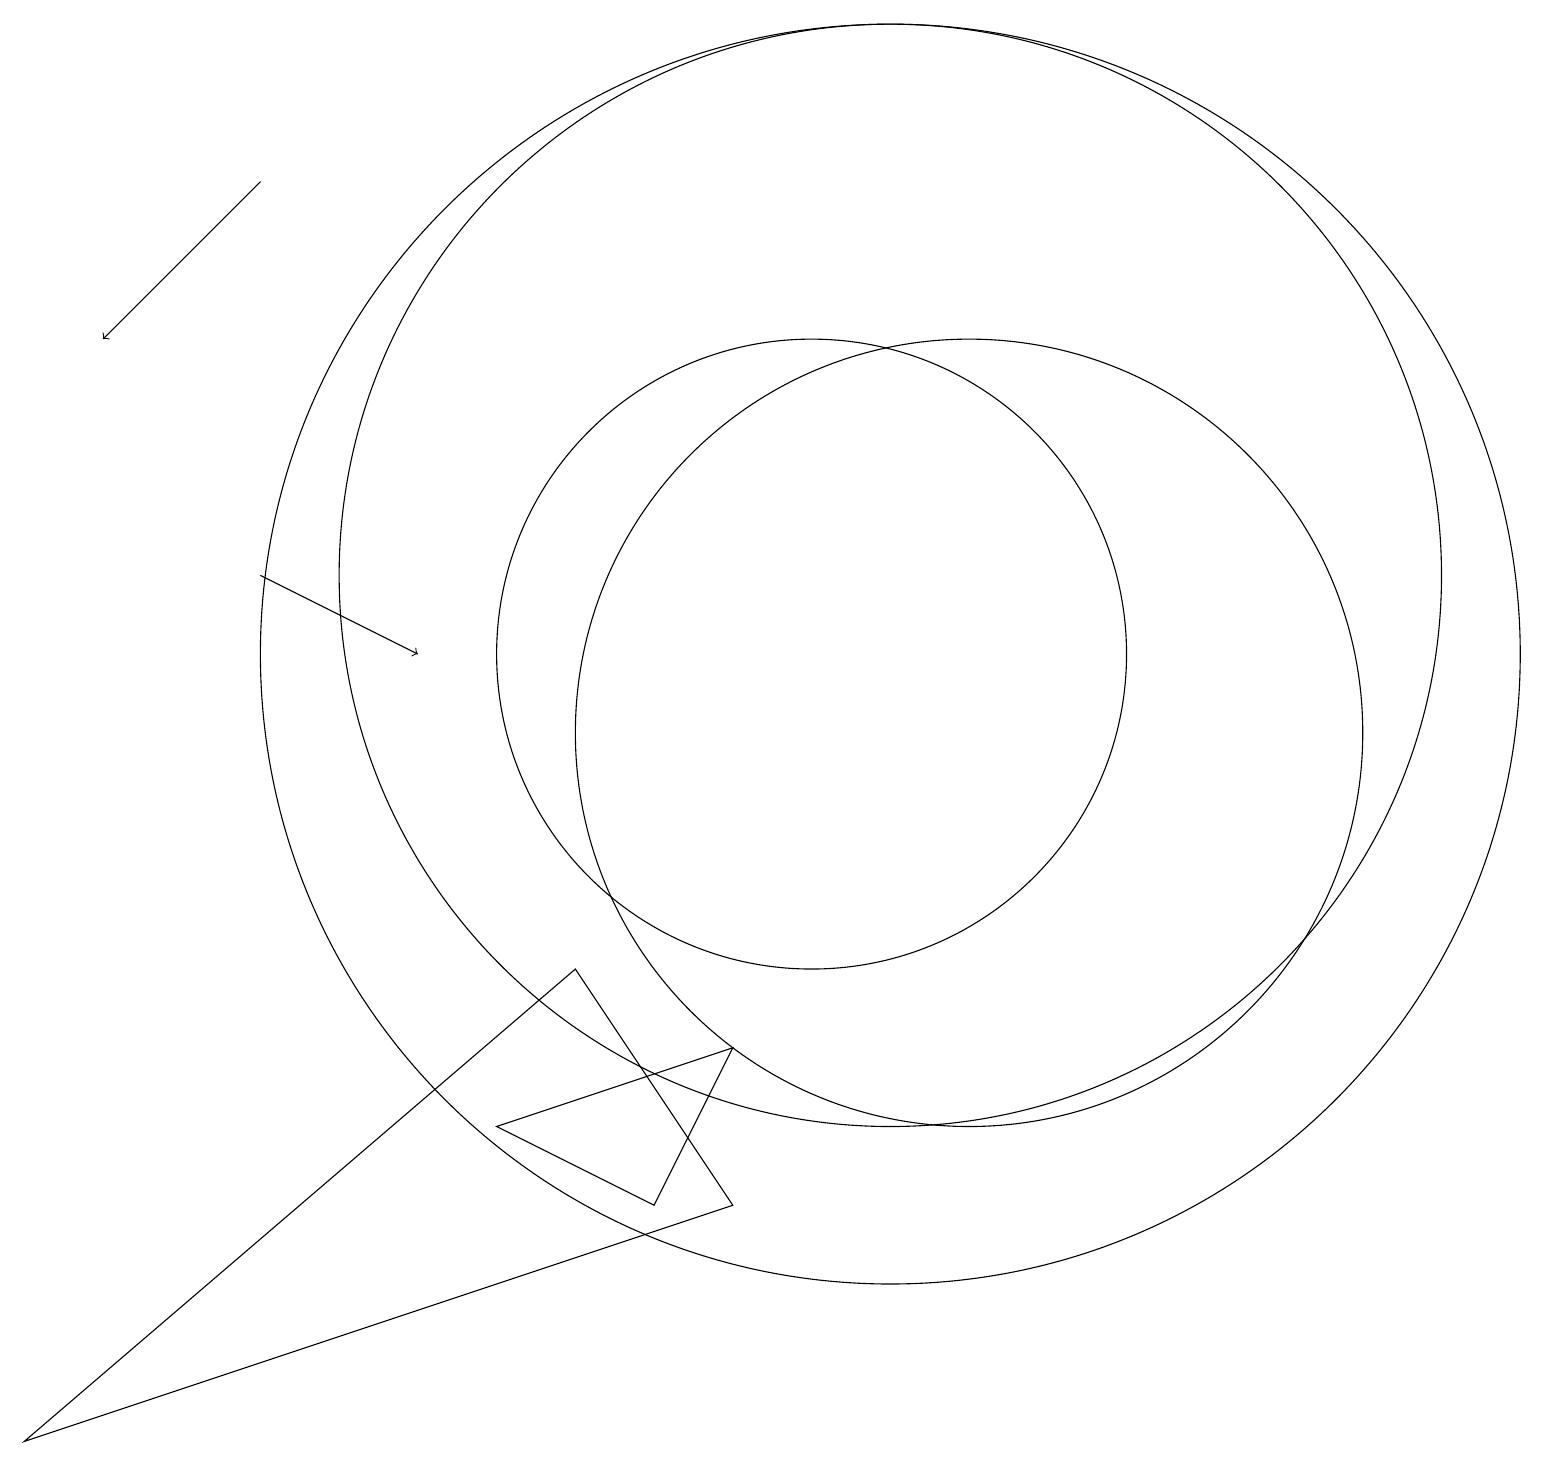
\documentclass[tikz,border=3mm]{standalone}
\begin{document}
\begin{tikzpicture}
\draw (12,10) circle (5);
\draw (8,4) -- (6,5) -- (9,6) -- cycle;
\draw (10,11) circle (4);
\draw (0,1) -- (7,7) -- (9,4) -- cycle;
\draw[->] (3,12) -- (5,11);
\draw[->] (3,17) -- (1,15);
\draw (11,11) circle (8);
\draw (11,12) circle (7);
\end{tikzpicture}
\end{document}